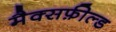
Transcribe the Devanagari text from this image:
मैक्सफ़ील्ड